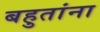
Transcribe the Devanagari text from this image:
बहुतांना